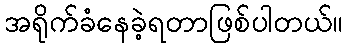
အရိုက်ခံနေခဲ့ရတာဖြစ်ပါတယ်။